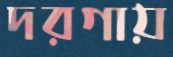
দরগায়